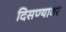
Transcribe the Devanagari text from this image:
दिसण्यावर